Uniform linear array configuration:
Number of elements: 4
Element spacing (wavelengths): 1
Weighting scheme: uniform
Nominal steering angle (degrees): -45
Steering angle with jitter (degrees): -44.721
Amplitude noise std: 0.05
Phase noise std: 0.05

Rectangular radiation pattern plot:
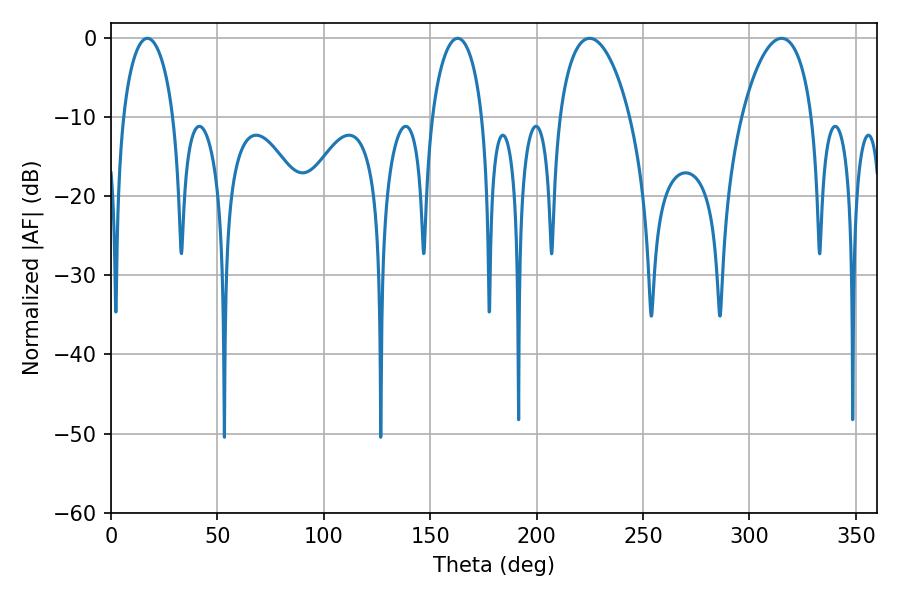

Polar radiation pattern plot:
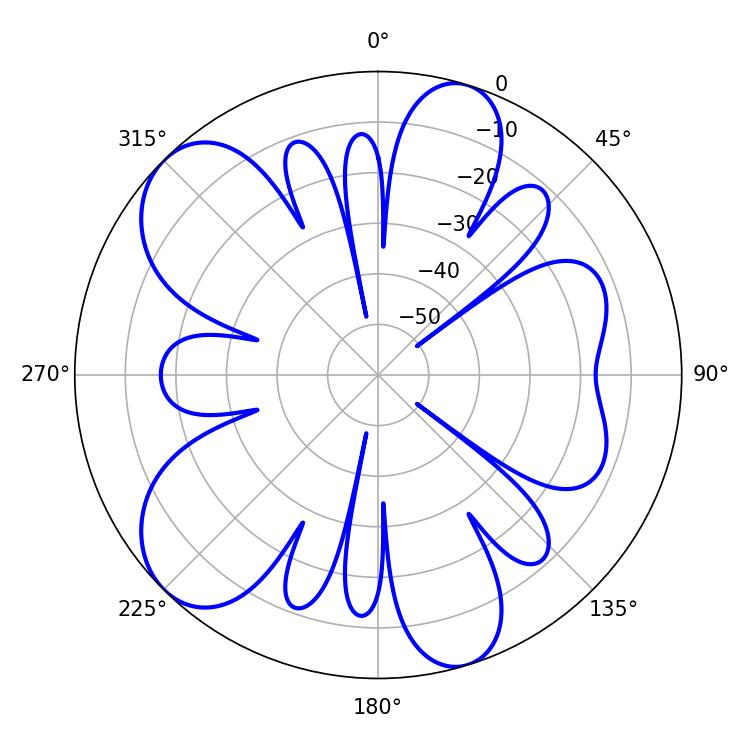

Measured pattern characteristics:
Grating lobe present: TRUE
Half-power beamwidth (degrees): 13.68
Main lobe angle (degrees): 17.1